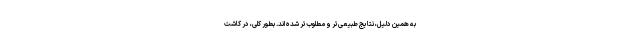
به همین دلیل، نتایج طبیعی‌تر و مطلوب‌تر شده اند. بطور کلی، در کاشت